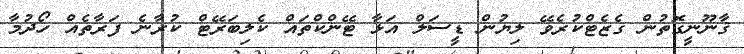
ޤާނޫނީގޮތުން ގެޒެޓްކުރެވޭ ލިޔުން ޑީސަލް އަޅާ ޓޭންކްތައް ކެލިބަރޭޓް ކުރާނެ ފަރާތެއް ހޯދުމާ